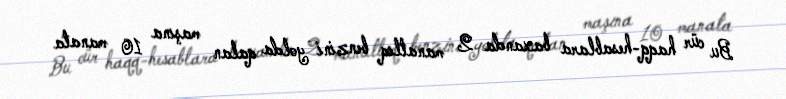
Bu cür haqq-hesablara baxanda 2 manatlıq benzini yolda qalan maşına 10 manata